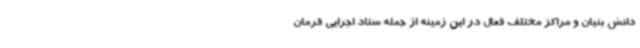
دانش بنیان و مراکز مختلف فعال در این زمینه از جمله ستاد اجرایی فرمان